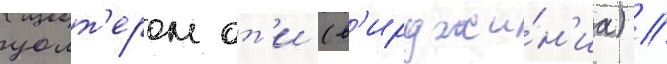
уолт'ером от'и (в'ирджи́н'иа) //